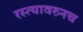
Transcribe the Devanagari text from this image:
रस्त्यावरुनच